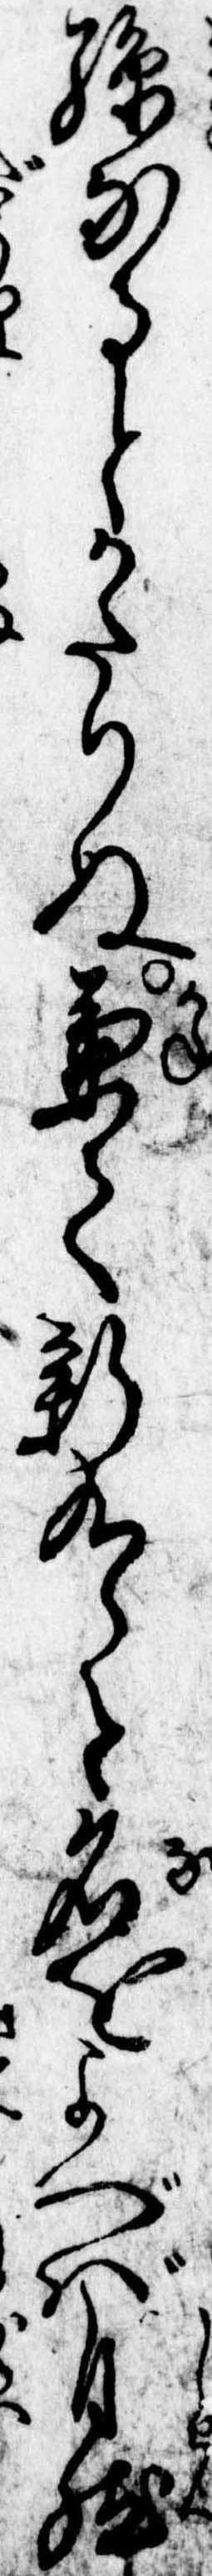
孫なるとかたりぬ兼て新九郎と名をよべば自然